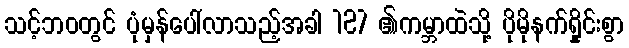
သင့်ဘ၀တွင် ပုံမှန်ပေါ်လာသည့်အခါ 127 ၏ကမ္ဘာထဲသို့ ပိုမိုနက်ရှိုင်းစွာ